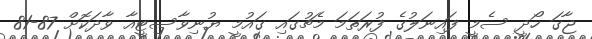
ޖާގަ ހޯދީ ސެމީ ފައިނަލުގެ ފުރަތަމަ މެޗުގައި ގައުމީ ޔުނިވާސިޓީއާ ވާދަކޮށް 87-81